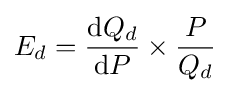
E_{d}={\frac {\mathrm {d} Q_{d}}{\mathrm {d} P}}\times {\frac {P}{Q_{d}}}